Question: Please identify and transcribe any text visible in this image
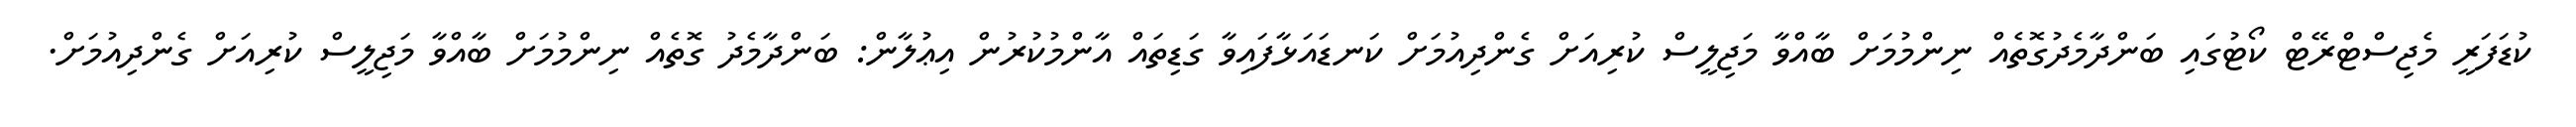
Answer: ކުޑަފަރީ މެޖިސްޓްރޭޓް ކޯޓުގައި ބަންދާމެދުގޮތެއް ނިންމުމަށް ބާއްވާ މަޖިލީސް ކުރިއަށް ގެންދިއުމަށް ކަނޑައަޅާފައިވާ ގަޑިތައް އާންމުކުރުން އިޢުލާން: ބަންދާމެދު ގޮތެއް ނިންމުމަށް ބާއްވާ މަޖިލީސް ކުރިއަށް ގެންދިއުމަށް.